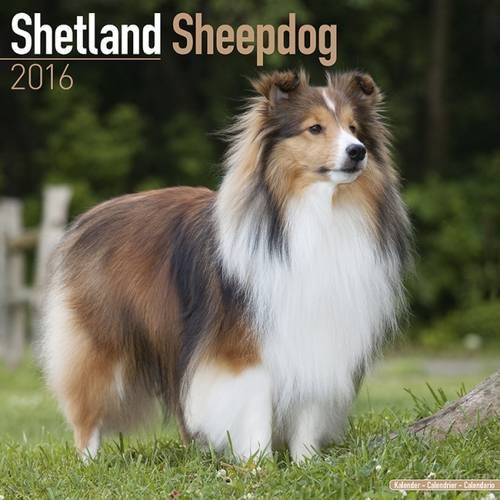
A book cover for Shetland Sheepdog Calendar - Breed Specific Shetland Sheepdog Calendar - 2016 Wall calendars - Dog Calendars - Monthly Wall Calendar by Avonside; MegaCalendars; Calendars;